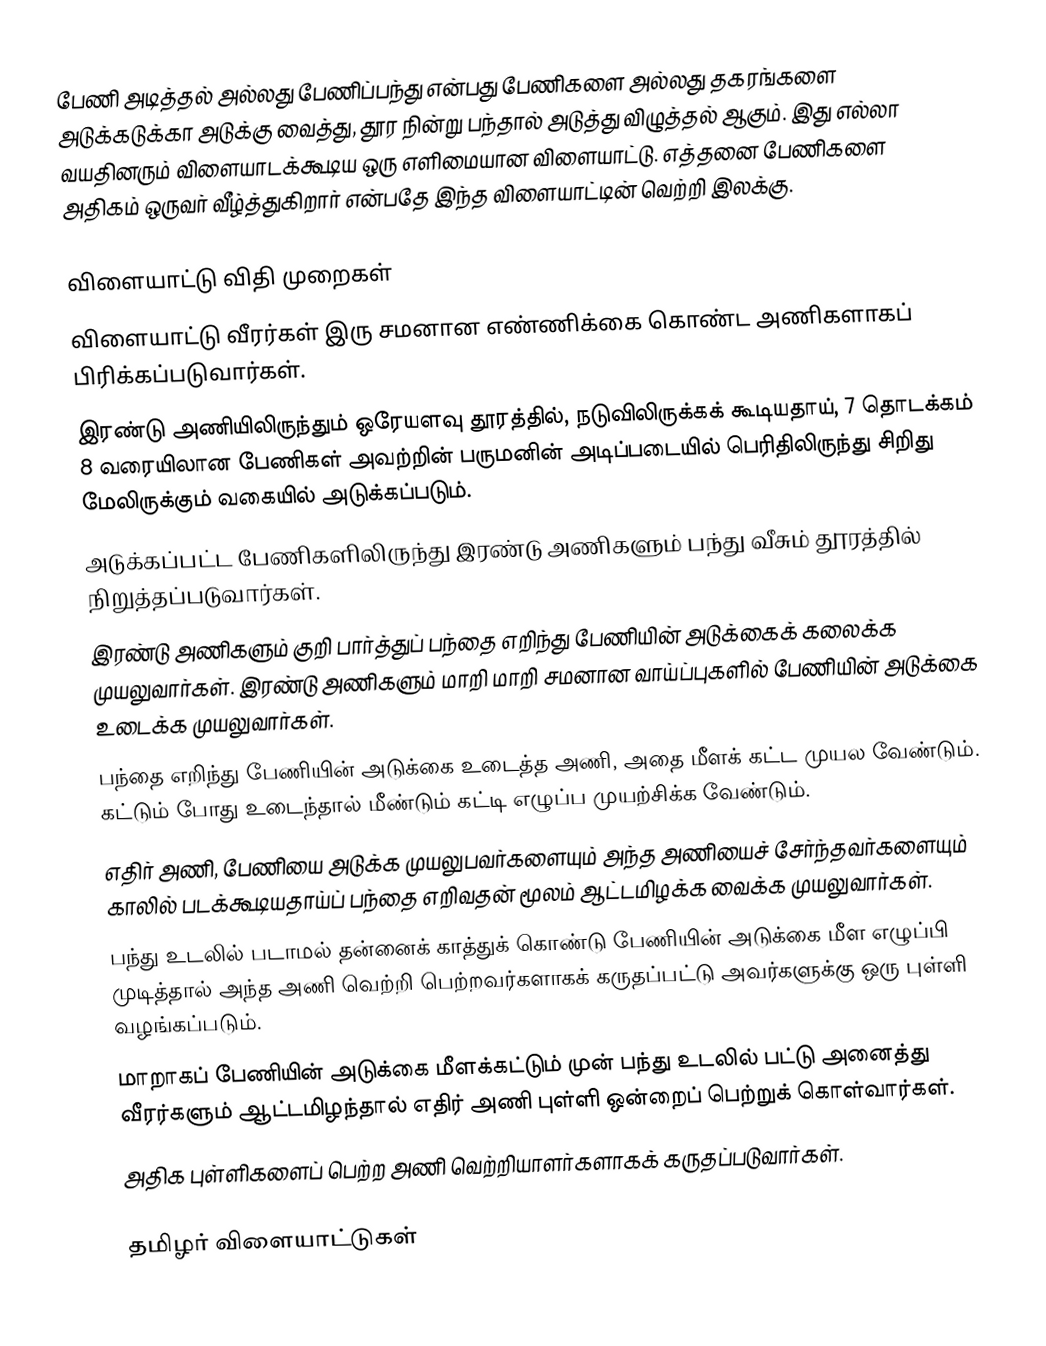
பேணி அடித்தல் அல்லது பேணிப்பந்து என்பது பேணிகளை அல்லது தகரங்களை அடுக்கடுக்கா அடுக்கு வைத்து, தூர நின்று பந்தால் அடுத்து விழுத்தல் ஆகும்.  இது எல்லா வயதினரும் விளையாடக்கூடிய ஒரு எளிமையான விளையாட்டு.  எத்தனை பேணிகளை அதிகம் ஒருவர் வீழ்த்துகிறார் என்பதே இந்த விளையாட்டின் வெற்றி இலக்கு.

விளையாட்டு விதி முறைகள்
 விளையாட்டு வீரர்கள் இரு சமனான எண்ணிக்கை கொண்ட அணிகளாகப் பிரிக்கப்படுவார்கள்.
 இரண்டு அணியிலிருந்தும் ஒரேயளவு தூரத்தில், நடுவிலிருக்கக் கூடியதாய், 7 தொடக்கம் 8 வரையிலான பேணிகள் அவற்றின் பருமனின் அடிப்படையில் பெரிதிலிருந்து சிறிது மேலிருக்கும் வகையில் அடுக்கப்படும்.
 அடுக்கப்பட்ட பேணிகளிலிருந்து இரண்டு அணிகளும் பந்து வீசும் தூரத்தில் நிறுத்தப்படுவார்கள்.
 இரண்டு அணிகளும் குறி பார்த்துப் பந்தை எறிந்து பேணியின் அடுக்கைக் கலைக்க முயலுவார்கள். இரண்டு அணிகளும் மாறி மாறி சமனான வாய்ப்புகளில் பேணியின் அடுக்கை உடைக்க முயலுவார்கள்.
 பந்தை எறிந்து பேணியின் அடுக்கை உடைத்த அணி, அதை மீளக் கட்ட முயல வேண்டும். கட்டும் போது உடைந்தால் மீண்டும் கட்டி எழுப்ப முயற்சிக்க வேண்டும்.
 எதிர் அணி, பேணியை அடுக்க முயலுபவர்களையும் அந்த அணியைச் சேர்ந்தவர்களையும் காலில் படக்கூடியதாய்ப் பந்தை எறிவதன் மூலம் ஆட்டமிழக்க வைக்க முயலுவார்கள்.
 பந்து உடலில் படாமல் தன்னைக் காத்துக் கொண்டு பேணியின் அடுக்கை மீள எழுப்பி முடித்தால் அந்த அணி வெற்றி பெற்றவர்களாகக் கருதப்பட்டு அவர்களுக்கு ஒரு புள்ளி வழங்கப்படும்.
 மாறாகப் பேணியின் அடுக்கை மீளக்கட்டும் முன் பந்து உடலில் பட்டு அனைத்து வீரர்களும் ஆட்டமிழந்தால் எதிர் அணி புள்ளி ஒன்றைப் பெற்றுக் கொள்வார்கள்.
 அதிக புள்ளிகளைப் பெற்ற அணி வெற்றியாளர்களாகக் கருதப்படுவார்கள்.

தமிழர் விளையாட்டுகள்